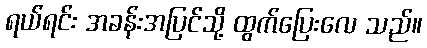
ရယ်ရင်း အခန်းအပြင်သို့ ထွက်ပြေးလေ သည်။